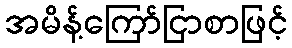
အမိန့်ကြော်ငြာစာဖြင့်